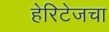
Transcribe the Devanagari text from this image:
हेरिटेजचा